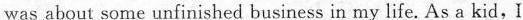
was about some unfinished business in my life. As a kid, I